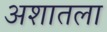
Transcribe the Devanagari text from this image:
अशातला